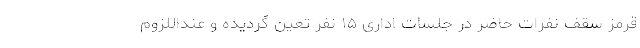
قرمز سقف نفرات حاضر در جلسات اداری ۱۵ نفر تعین گردیده و عنداللزوم